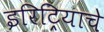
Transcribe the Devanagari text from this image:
इरिट्रियाचे